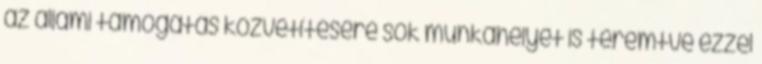
az állami támogatás közvetítésére sok munkahelyet is teremtve ezzel